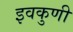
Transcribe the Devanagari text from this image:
इवकुणी